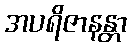
အပရိဇာနန္တာ